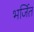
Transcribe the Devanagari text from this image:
भर्जित